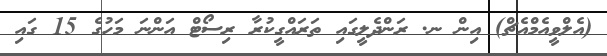
(އެލްވީއެމްއެޗް) އިން ނ. ރަންދެލީގައި ތަރައްގީކުރާ ރިސޯޓް އަންނަ މަހުގެ 15 ގައި